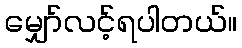
မျှော်လင့်ရပါတယ်။